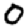
Digit: 0